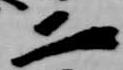
二